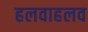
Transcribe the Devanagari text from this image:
हलवाहलव